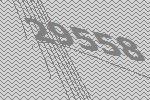
29558